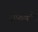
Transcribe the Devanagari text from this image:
रफिकने